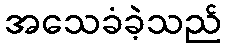
အသေခံခဲ့သည်